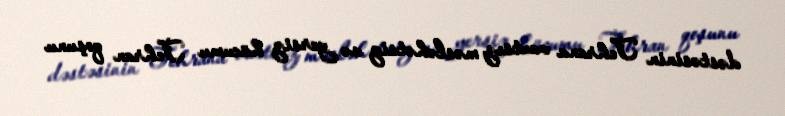
dəstəsinin Tehrana vaxtsız, məsləhətsiz və yersiz hücumu Tehran qoşunu